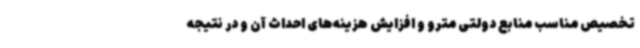
تخصیص مناسب منابع دولتی مترو و افزایش هزینه‌های احداث آن و در نتیجه